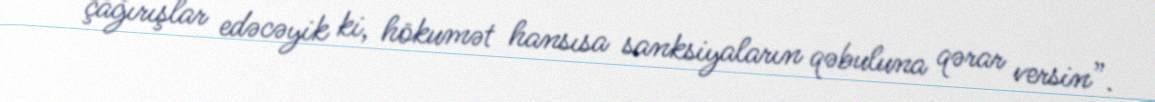
çağırışlar edəcəyik ki, hökumət hansısa sanksiyaların qəbuluna qərar versin”.